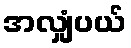
အလျှံပယ်